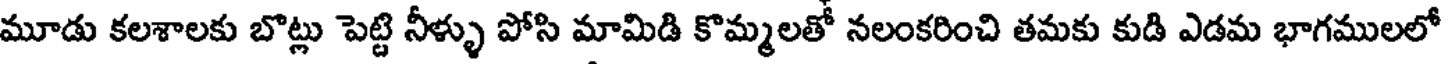
మూడు కలశాలకు బొట్లు పెట్టి నీళ్ళు పోసి మామిడి కొమ్మలతో నలంకరించి తమకు కుడి ఎడమ భాగములలో